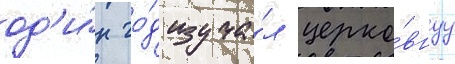
од'и́н го́д изуча́л церко́внуу